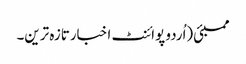
ممبئی(اُردو پوائنٹ اخبارتازہ ترین۔